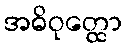
အဓိဝုတ္ထော